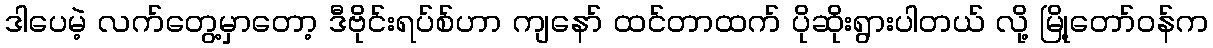
ဒါပေမဲ့ လက်တွေ့မှာတော့ ဒီဗိုင်းရပ်စ်ဟာ ကျနော် ထင်တာထက် ပိုဆိုးရွားပါတယ် လို့ မြို့တော်ဝန်က